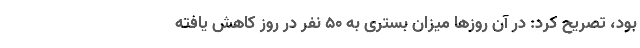
بود، تصریح کرد: در آن روزها میزان بستری به ۵۰ نفر در روز کاهش یافته